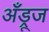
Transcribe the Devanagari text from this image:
अँड्रूज